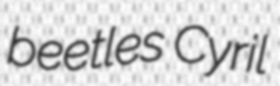
beetles Cyril